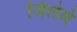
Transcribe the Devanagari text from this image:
जिलेमे